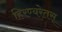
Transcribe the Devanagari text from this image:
हिरण्यरेतस्